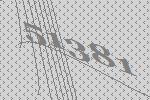
51381